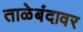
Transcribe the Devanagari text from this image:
ताळेबंदावर